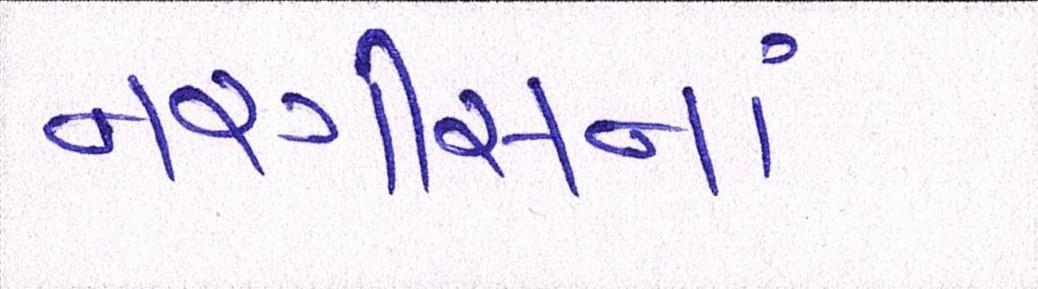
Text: નરગીસનાં